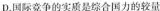
D.国际竞争的实质是综合国力的较量